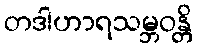
တဒါဟာရသမ္ဘဝန္တိ